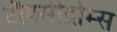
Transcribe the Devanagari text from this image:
टौक्सीद्रोम्स